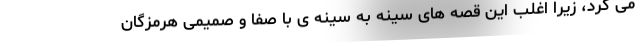
می کرد، زیرا اغلب این قصه های سینه به سینه ی با صفا و صمیمی هرمزگان